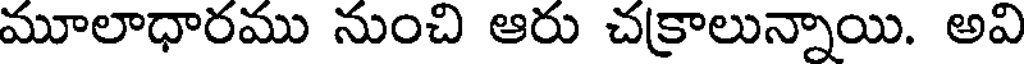
మూలాధారము నుంచి ఆరు చక్రాలున్నాయి. అవి